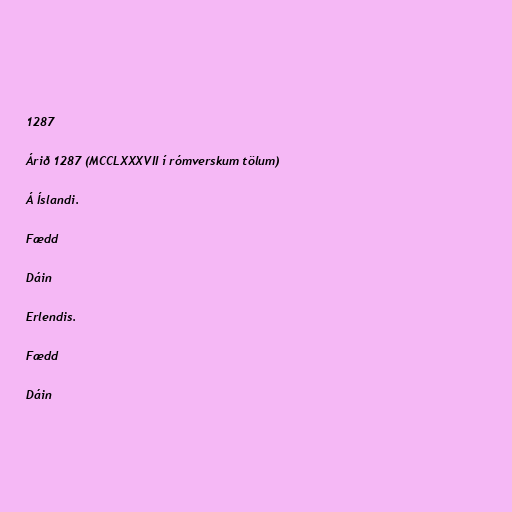
1287

Árið 1287 (MCCLXXXVII í rómverskum tölum)

Á Íslandi.

Fædd

Dáin

Erlendis.

Fædd

Dáin